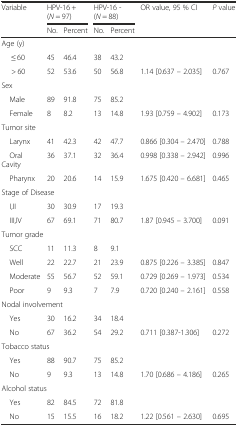
<table><thead><tr><td><b>Variable</b></td><td colspan="2"><b>HPV-16 + (<i>N</i> = 97)</b></td><td colspan="2"><b>HPV-16 - (<i>N</i> = 88)</b></td><td><b>OR value, 95 % CI</b></td><td><b><i>P</i> value</b></td></tr><tr><td></td><td><b>No.</b></td><td><b>Percent</b></td><td><b>No.</b></td><td><b>Percent</b></td><td></td><td></td></tr></thead><tbody><tr><td colspan="7">Age (y)</td></tr><tr><td>≤ 60</td><td>45</td><td>46.4</td><td>38</td><td>43.2</td><td></td><td></td></tr><tr><td>&gt; 60</td><td>52</td><td>53.6</td><td>50</td><td>56.8</td><td>1.14 [0.637 – 2.035]</td><td>0.767</td></tr><tr><td colspan="7">Sex</td></tr><tr><td> Male</td><td>89</td><td>91.8</td><td>75</td><td>85.2</td><td></td><td></td></tr><tr><td> Female</td><td>8</td><td>8.2</td><td>13</td><td>14.8</td><td>1.93 [0.759 – 4.902]</td><td>0.173</td></tr><tr><td colspan="7">Tumor site</td></tr><tr><td> Larynx</td><td>41</td><td>42.3</td><td>42</td><td>47.7</td><td>0.866 [0.304 – 2.470]</td><td>0.788</td></tr><tr><td> Oral Cavity</td><td>36</td><td>37.1</td><td>32</td><td>36.4</td><td>0.998 [0.338 – 2.942]</td><td>0.996</td></tr><tr><td> Pharynx</td><td>20</td><td>20.6</td><td>14</td><td>15.9</td><td>1.675 [0.420 – 6.681]</td><td>0.465</td></tr><tr><td colspan="7">Stage of Disease</td></tr><tr><td> I,II</td><td>30</td><td>30.9</td><td>17</td><td>19.3</td><td></td><td></td></tr><tr><td> III,IV</td><td>67</td><td>69.1</td><td>71</td><td>80.7</td><td>1.87 [0.945 – 3.700]</td><td>0.091</td></tr><tr><td colspan="7">Tumor grade</td></tr><tr><td> SCC</td><td>11</td><td>11.3</td><td>8</td><td>9.1</td><td></td><td></td></tr><tr><td> Well</td><td>22</td><td>22.7</td><td>21</td><td>23.9</td><td>0.875 [0.226 – 3.385]</td><td>0.847</td></tr><tr><td> Moderate</td><td>55</td><td>56.7</td><td>52</td><td>59.1</td><td>0.729 [0.269 – 1.973]</td><td>0.534</td></tr><tr><td> Poor</td><td>9</td><td>9.3</td><td>7</td><td>7.9</td><td>0.720 [0.240 – 2.161]</td><td>0.558</td></tr><tr><td colspan="7">Nodal involvement</td></tr><tr><td> Yes</td><td>30</td><td>16.2</td><td>34</td><td>18.4</td><td></td><td></td></tr><tr><td> No</td><td>67</td><td>36.2</td><td>54</td><td>29.2</td><td>0.711 [0.387-1.306]</td><td>0.272</td></tr><tr><td colspan="7">Tobacco status</td></tr><tr><td> Yes</td><td>88</td><td>90.7</td><td>75</td><td>85.2</td><td></td><td></td></tr><tr><td> No</td><td>9</td><td>9.3</td><td>13</td><td>14.8</td><td>1.70 [0.686 – 4.186]</td><td>0.265</td></tr><tr><td colspan="7">Alcohol status</td></tr><tr><td> Yes</td><td>82</td><td>84.5</td><td>72</td><td>81.8</td><td></td><td></td></tr><tr><td> No</td><td>15</td><td>15.5</td><td>16</td><td>18.2</td><td>1.22 [0.561 – 2.630]</td><td>0.695</td></tr></tbody></table>